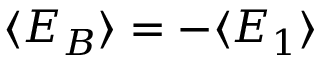
\langle E _ { B } \rangle = - \langle E _ { 1 } \rangle